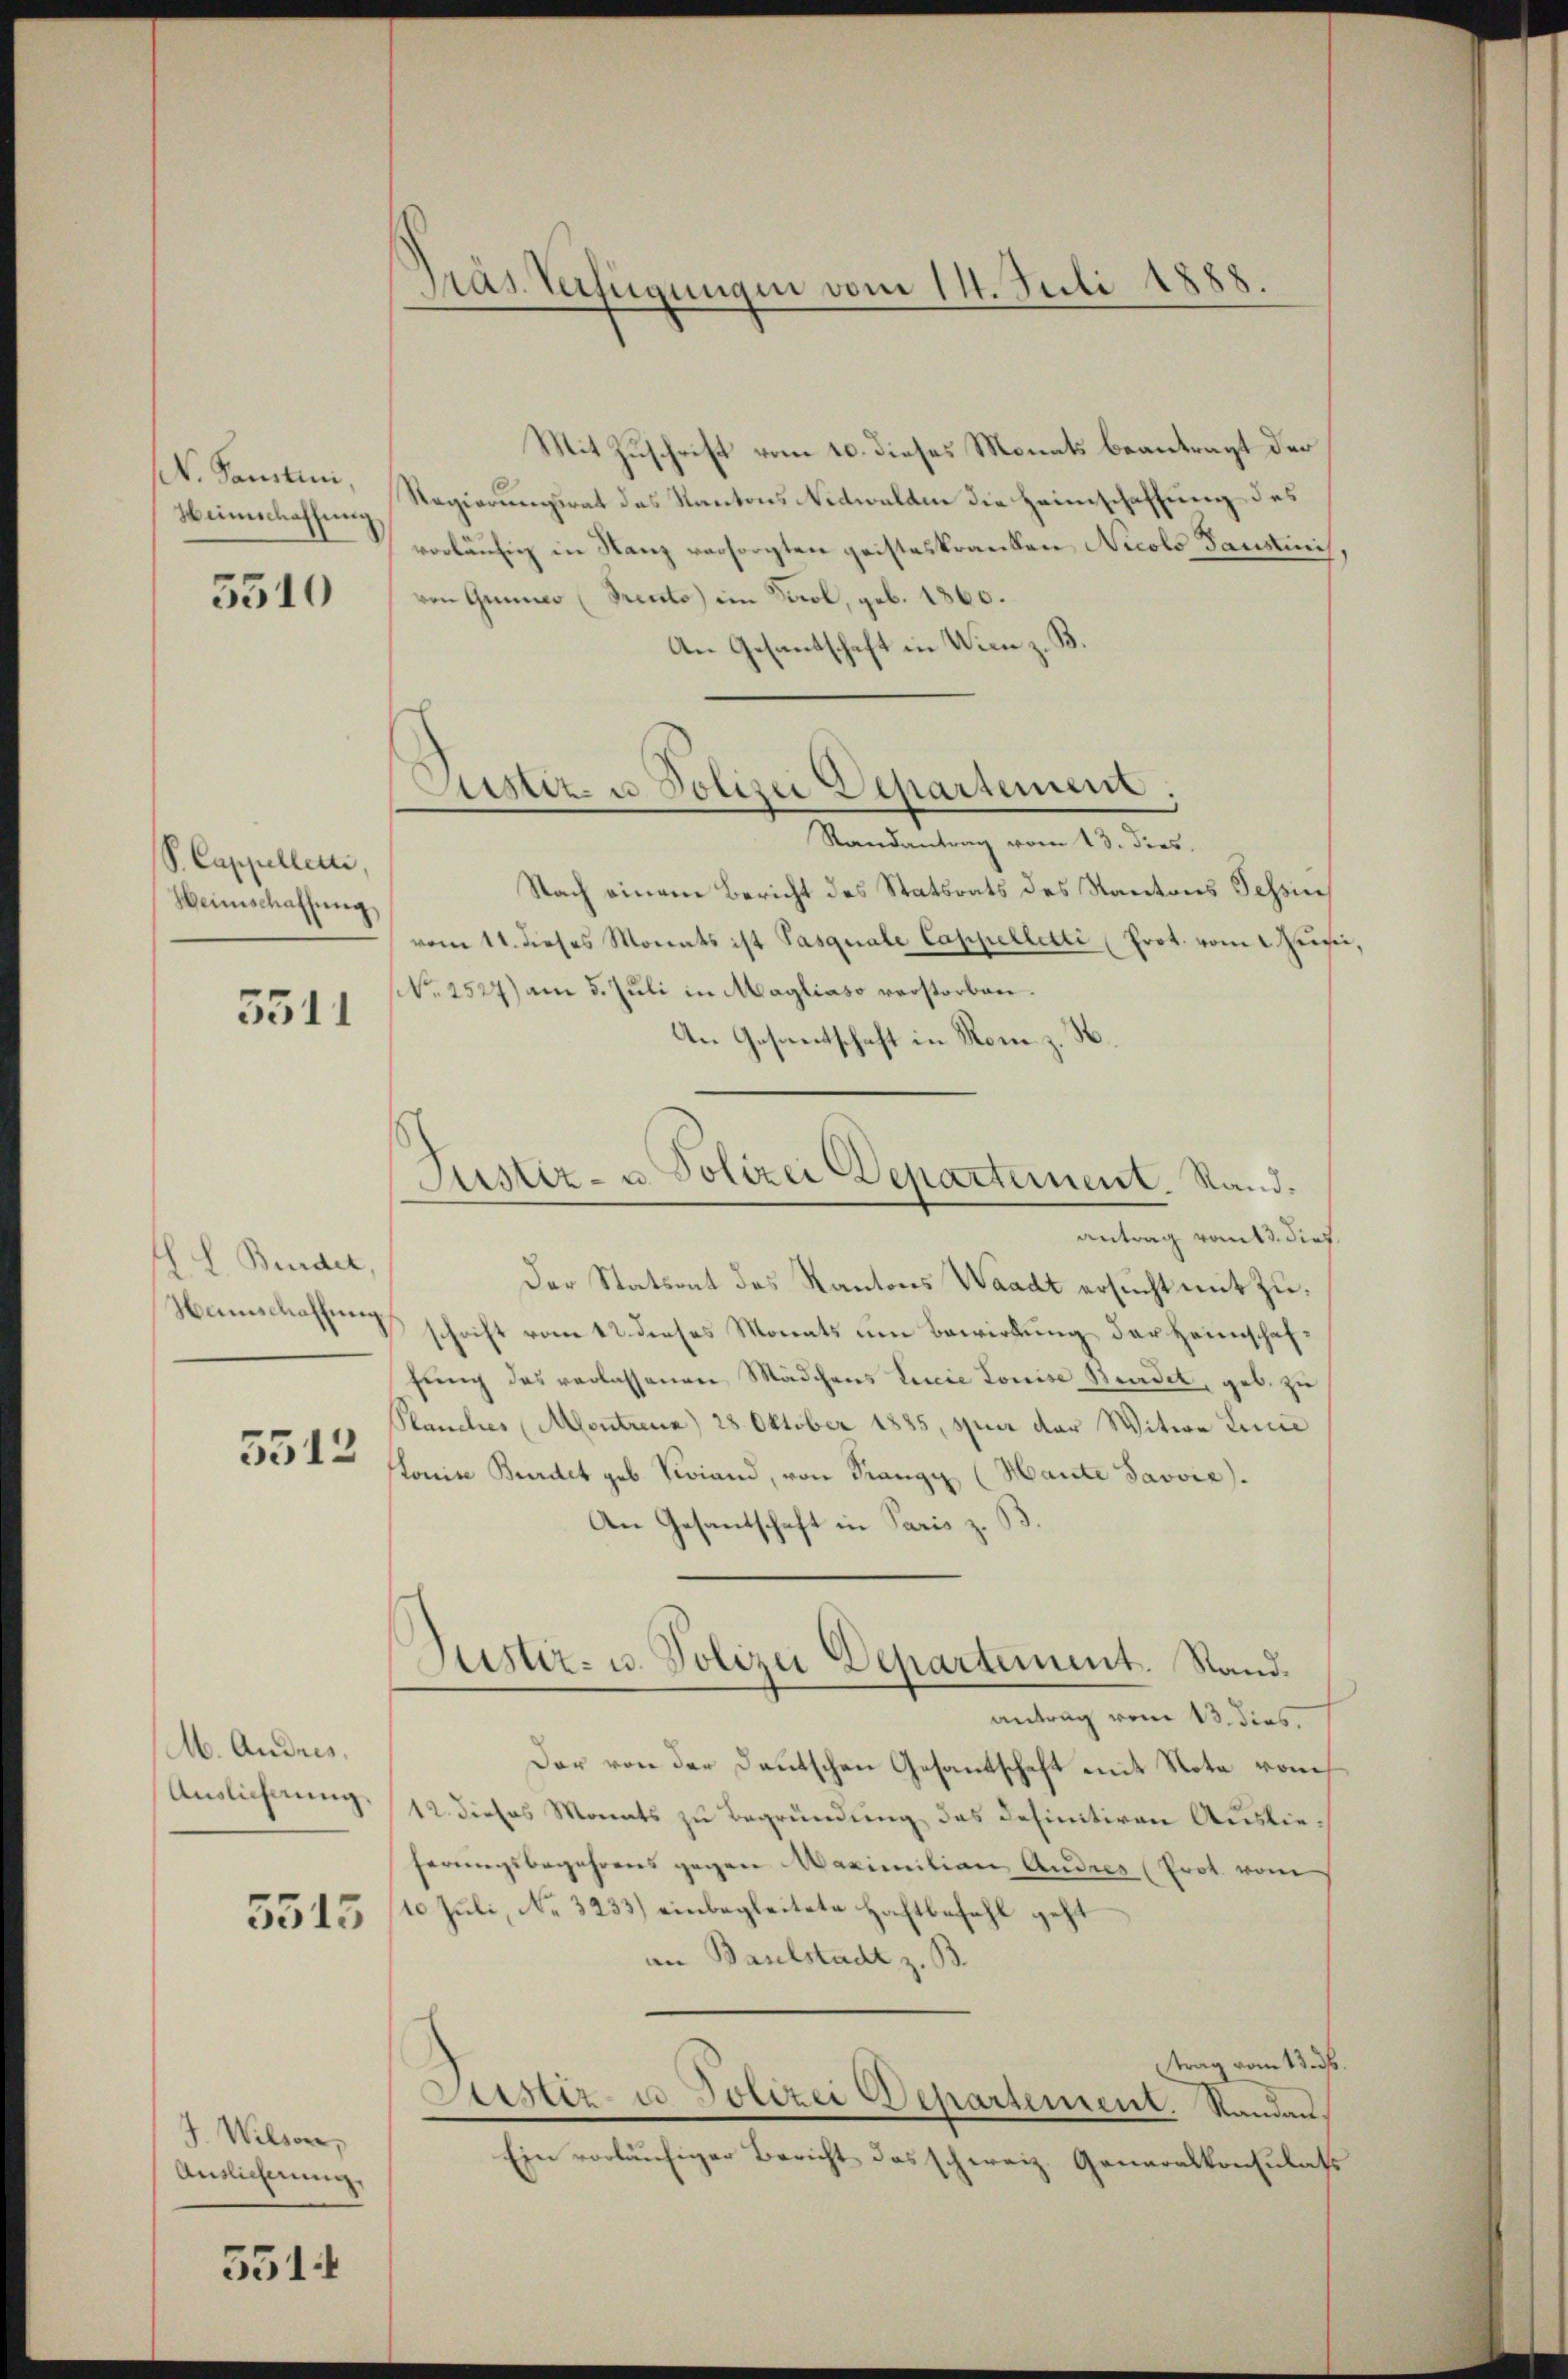
. Paustin,
Hinschaffung

5310

S. Cappellen,
Heimschaffung,

5511

. L. Bunder
Hamschaffen

5512

M. Andris,
Auslieferung

5515

J. Wilson,
Auslicherung,

5514

Gras Verfügungen vom 14. Juli 1888.

Mit Zuschrift vom 10. dieses Monats beantragt der
Regierungsrat des Kantons Nidwalden die Heimschaffung des
vorläufig in Stanz versorgten geisteskranken Nicolo Daustrich,
von Grüne (Prento) im Sowol, geb. 1860.
An Gesantschaft in Wien z. B.
Randantrag vom 13. dies
Nach einem Bericht des Statsrats des Kantons Tessin
vom 11. dieses Monats ist Pasquale Cappelletti (Prot. vom Junii
No 2527) am 5. Juli in Mayliaso verstorben.
An Gesantschaft in Rom z. H
antrag vom 3. dies.
Der Statsent des Kantons Waadt ersucht mit zuschrift vom 12. dieses Monats um Bewirkung der Heimschaffung des verlassenen Mädchens Linie Louise Stundet, geb. zu
Planches Montreux) 28. Oktober 1885, spur der Witwe Linie
Louise Bundet geb. Viciand, von Rangy (Hante Javvić).
An Gesandschaft in Paris z. B.
Justiz- u. Polizei Departement. Stand.
antrag vom 13. dies
Der von der Deutschen Gesantschaft mit Note vom
12. dieses Monats zu Begründung das definitiven Auslieferungsbegehrens gegen Maximilian Andres (Prot vom
10 Juli, No. 3233) einbegleitete Haftbefahl geh
an Baselstadt z. B.
trag vom 13. ds.
Justiz- u. Polizei Departement. Randau¬
Ein vorläufiger Bericht das schweiz. Generalkonsulate

Custiz- u. Polizei Departement:

Justiz- u. Polizei Departement. Sand¬